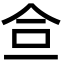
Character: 鿖